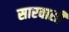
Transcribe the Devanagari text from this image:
सारवासी